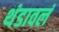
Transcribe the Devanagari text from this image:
थंडावलं